Calcutta medical institutions reports 1879-81 [i.e.91]
Year: 1879
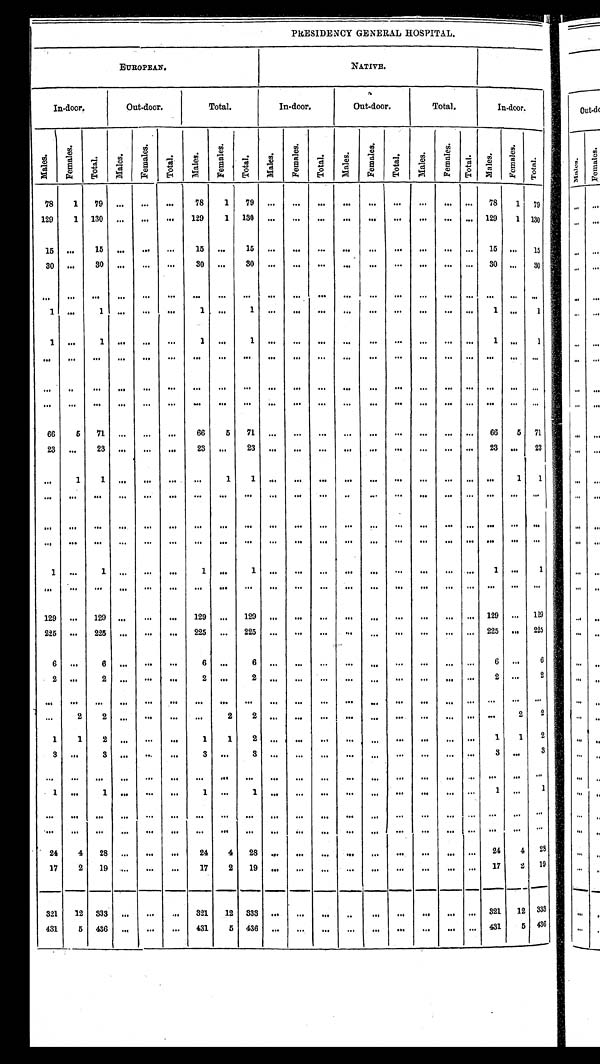
PRESIDENCY GENERAL HOSPITAL.
EUROPEAN.
NATIVE.
I n - d o o r .
Ou t - d o o r .
T o t a l .
I n - d o o r .
O u t - d o o r .
T o t a l .
I n - d o o r
M a l e s .
F e m a l e s .
T o t a l .
M a l e s .
F e m a l e s .
T o t a l .
M a l e s .
F e m a l e s .
Tot a l .
Ma l e s .
F e m a l e s .
T o t a l .
Ma l e s .
F e m a l e s .
Tot al .
M a l e s .
F e m a l e s .
T o t a l .
M a l e s .
F e m a l e s . Total.
7 8
1
7 9 . . .
. . .
. . .
7 8
1
7 9 . . .
. . .
. . .
. . .
. . .
. . . . . .
. . . . . .
7 8
1 7 9
1 2 9
1
1 3 0 . . .
. . .
. . .
1 2 9
1
1 3 0 . . .
. . .
. . .
. . .
. . .
. . .
. . .
. . .
. . .
1 2 9
1 1 3 0
1 5 . . .
1 5 . . .
. . .
. . .
1 5 . . .
1 5
. . .
. . .
. . .
. . .
. . .
. . . . . .
. . .
. . .
1 5
. . .
1 5
3 0 . . .
3 0 . . .
. . .
. . .
3 0 . . .
3 0 . . .
. . .
. . .
. . .
. . .
. . .
. . .
. . .
. . .
3 0 . . .
3 0
. . .
. . .
. . .
. . .
. . .
. . .
. . .
. . .
. . .
. . .
. . . . . .
. . .
. . .
. . . . . .
. . . . . .
. . .
. . .
. . .
1 . . .
1 . . .
. . .
. . .
1 . . .
1
. . .
. . .
. . .
. . .
. . .
. . . . . .
. . . . . .
1 . . .
1
1 . . .
1 . . .
. . .
. . .
1 . . .
1
. . .
. . .
. . .
. . .
. . .
. . . . . .
. . . . . .
1 . . .
1
. . .
. . .
. . .
. . .
. . .
. . .
. . .
. . .
. . .
. . .
. . .
. . .
. . .
. . .
. . . . . .
. . . . . .
. . .
. . .
. . .
. . . . . .
. . .
. . .
. . .
. . .
. . .
. . .
. . .
. . .
. . .
. . .
. . .
. . .
. . . . . .
. . . . . .
. . .
. . .
. . .
. . .
. . .
. . .
. . .
. . .
. . .
. . .
. . .
. . .
. . .
. . .
. . .
. . .
. . .
. . . . . .
. . . . . .
. . .
. . .
. . .
6 6
5
7 1
. . .
. . .
. . .
6 6
5
7 1
. . .
. . .
. . .
. . .
. . .
. . . . . .
. . . . . .
6 6
5 7 1
2 3
. . .
2 3
. . .
. . .
. . .
2 3 . . .
2 3 . . .
. . .
. . .
. . .
. . .
. . .
. . .
. . .
. . .
2 3 . . .
2 3
. . .
1
1
. . .
. . .
. . .
. . .
1
1
. . .
. . .
. . .
. . .
. . .
. . .
. . .
. . . . . .
. . .
1
1
. . .
. . .
. . .
. . .
. . .
. . .
. . .
. . .
. . .
. . .
. . . . . .
. . .
. . .
. . . . . .
. . . . . . . . .
. . . . . .
. . .
. . .
. . .
. . .
. . .
. . .
. . .
. . .
. . .
. . .
. . .
. . .
. . .
. . .
. . . . . .
. . .
. . . . . .
. . . . . .
. . .
. . .
. . .
. . .
. . .
. . .
. . .
. . .
. . .
. . .
. . .
. . .
. . .
. . .
. . . . . .
. . .
. . . . . .
. . . . . .
1
. . .
1
. . .
. . .
. . .
1
. . .
1
. . .
. . .
. . .
. . .
. . .
. . .
. . .
. . . . . .
1
. . . 1
. . .
. . .
. . .
. . .
. . .
. . .
. . .
. . .
. . .
. . .
. . .
. . .
. . .
. . .
. . . . . .
. . .
. . .
. . .
. . . . . .
1 2 9
. . .
1 2 9
. . .
. . .
. . .
1 2 9
. . .
1 2 9
. . .
. . .
. . .
. . .
. . .
. . .
. . .
. . . . . .
1 2 9
. . .
1 2 9
2 2 5
. . .
2 2 5
. . .
. . .
. . .
2 2 5
. . .
2 2 5
. . .
. . .
. . .
. . .
. . .
. . .
. . .
. . . . . .
2 2 5
. . . 2 2 5
6 . . .
6
. . .
. . .
. . .
6
. . .
6
. . .
. . .
. . .
. . .
. . .
. . .
. . .
. . . . . .
6
. . . 6
2
. . .
2
. . .
. . .
. . .
2
. . .
2
. . .
. . .
. . .
. . .
. . .
. . .
. . .
. . . . . .
2
. . . 2
. . .
. . .
. . .
. . .
. . .
. . .
. . .
. . .
. . .
. . .
. . .
. . .
. . .
. . .
. . . . . .
. . .
. . . . . .
. . . . . .
. . .
2
2
. . .
. . .
. . .
. . .
2
2 . . .
. . .
. . .
. . .
. . .
. . .
. . .
. . . . . . . . .
2
2
1 1
2
. . .
. . .
. . .
1
1
2
. . .
. . .
. . .
. . .
. . .
. . .
. . .
. . . . . .
1
1
2
3
. . . 3
. . .
. . .
. . .
3
. . .
3 . . .
. . .
. . .
. . .
. . .
. . .
. . .
. . .
. . .
3
. . .
3
. . .
. . .
. . .
. . .
. . .
. . .
. . .
. . .
. . .
. . .
. . .
. . .
. . .
. . .
. . . . . .
. . .
. . .
. . .
. . .
. . .
1
. . .
1
. . .
. . .
. . .
1 . . .
1
. . .
. . .
. . .
. . .
. . .
. . .
. . .
. . . . . .
1
. . . 1
. . .
. . .
. . .
. . .
. . .
. . .
. . . . . .
. . . . . .
. . .
. . .
. . .
. . .
. . .
. . .
. . . . . .
. . .
. . .
. . .
. . .
. . .
. . .
. . .
. . .
. . .
. . .
. . .
. . .
. . .
. . .
. . .
. . .
. . .
. . .
. . .
. . . . . .
. . .
. . .
. . .
2 4 4
2 8
. . .
. . .
. . .
2 4
4
2 8
. . .
. . .
. . .
. . .
. . .
. . . . . .
. . . . . .
2 4
4
2 8
1 7
2
1 9
. . .
. . .
. . .
1 7
2
1 9
. . .
. . .
. . .
. . .
. . .
. . . . . .
. . . . . .
1 7
2
1 9
3 2 1
1 2 3 3 3
. . .
. . .
. . .
3 2 1
1 2
3 3 3 . . .
. . .
. . .
. . .
. . .
. . .
. . .
. . . . . .
3 2 1
1 2 3 3 3
4 3 1
5
4 3 6
. . .
. . .
. . .
4 3 1
5
4 3 6
. . .
. . .
. . .
. . .
. . .
. . .
. . .
. . .
. . .
4 3 1
5
4 3 6